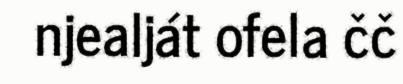
njealját ofela čč